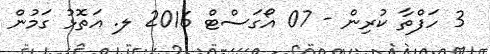
3 ހަފްތާ ކުރިން - 07 އޯގަސްޓް 2016 ލ. އަތޮޅު ގަމުން